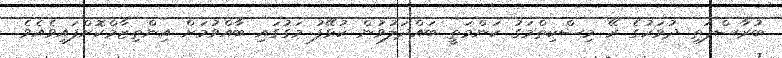
ބުރާސްފަތި ދުވަހުގެ ރޭ މިސްކިތްމަގު ކަންމަތީ ބައްދަލުވުން ކުޅޭފު މަގުގައި ބާއްވުމަށް އިންތިޒާމްކޮށްފައިވެއެވެ.